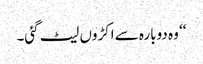
‘‘ و ہ دوبارہ سے اکڑوں لیٹ گئی۔